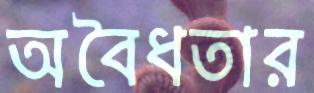
অবৈধতার